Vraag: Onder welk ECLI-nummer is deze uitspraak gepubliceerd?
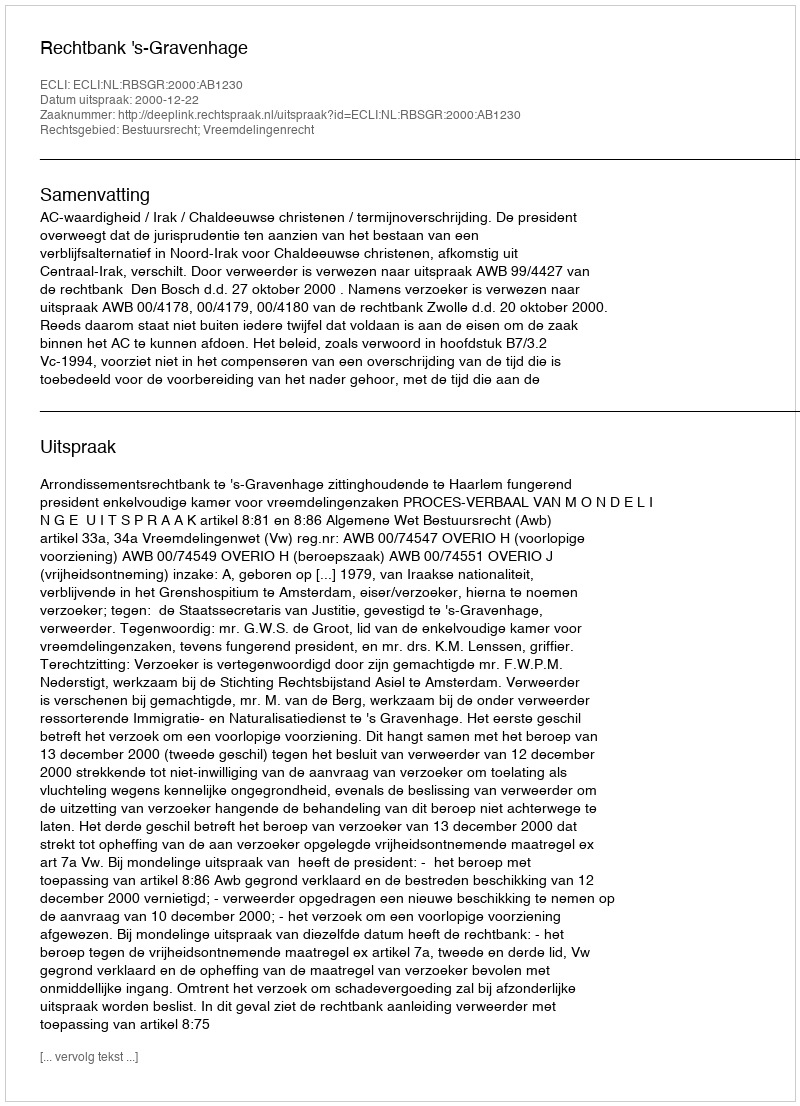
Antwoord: ECLI:NL:RBSGR:2000:AB1230